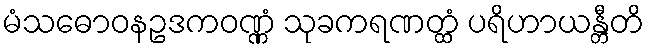
မံသဓောဝနဥဒကဝဏ္ဏံ သုခကရဏတ္ထံ ပရိဟာယန္တီတိ